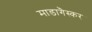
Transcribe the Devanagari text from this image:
माडागैस्कर